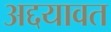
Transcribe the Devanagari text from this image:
अद्दयावत